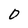
Character: 0